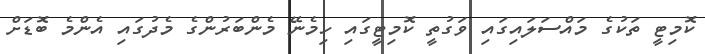
ކޮމިޓީ ތަކުގެ މައްސަލައިގައި ވަގުތީ ކޮމިޓީގައި ހިމެނޭ މެންބަރުންގެ މެދުގައި އެންމެ ބޮޑަށް